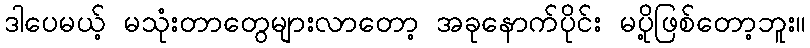
ဒါပေမယ့် မသုံးတာတွေများလာတော့ အခုနောက်ပိုင်း မပို့ဖြစ်တော့ဘူး။